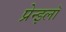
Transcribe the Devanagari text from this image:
प्रेन्झ्लॉ